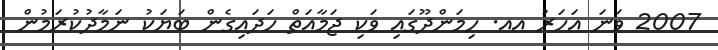
2007 ވަނަ އަހަރު އއ. ހިމަންދޫގައި ވަކި ޖަމާއަތް ހަދައިގެން ބަޔަކު ނަމާދުކުރަމުން